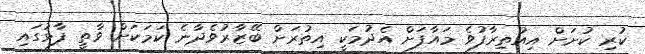
ކުރި ކުށަށް އިއުތިރާފުވެ މައާފަށް އެދުމަކީ އިތުރަށް ބޭޒާރުވެދާނެ ކަމަކަށް ވާތީ ފާޅުގައި